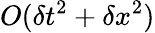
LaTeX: O(\delta t^{2}+\delta x^{2})